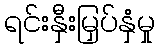
ရင်းနှီးမြှပ်နှံမှု